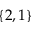
\{ 2 , 1 \}